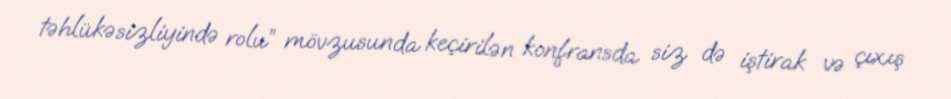
təhlükəsizliyində rolu” mövzusunda keçirilən konfransda siz də iştirak və çıxış